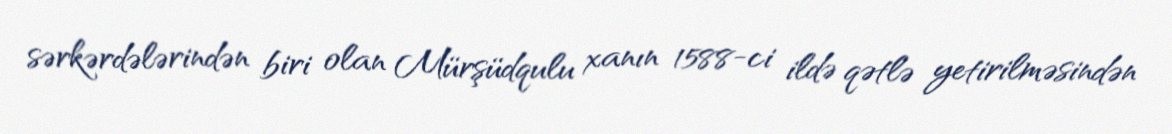
sərkərdələrindən biri olan Mürşüdqulu xanın 1588-ci ildə qətlə yetirilməsindən